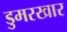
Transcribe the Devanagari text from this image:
डुमरखार